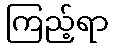
ကြည့်ရာ